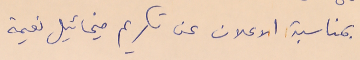
بمناسبة الاعلان عن تكريم ميخائيل نعيمة